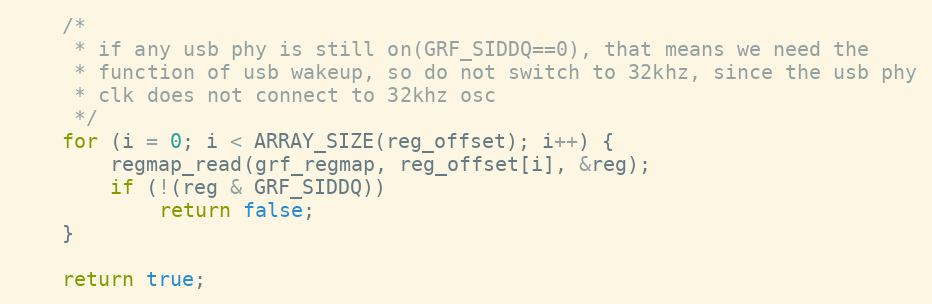
Language: C
	/*
	 * if any usb phy is still on(GRF_SIDDQ==0), that means we need the
	 * function of usb wakeup, so do not switch to 32khz, since the usb phy
	 * clk does not connect to 32khz osc
	 */
	for (i = 0; i < ARRAY_SIZE(reg_offset); i++) {
		regmap_read(grf_regmap, reg_offset[i], &reg);
		if (!(reg & GRF_SIDDQ))
			return false;
	}

	return true;